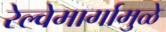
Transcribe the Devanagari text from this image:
रेल्वेमार्गामुळे